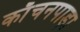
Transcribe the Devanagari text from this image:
काँचनपाड़ा